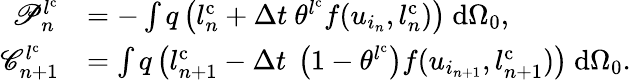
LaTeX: \begin{array}{rl}{\mathscr{P}_{n}^{l^{\mathrm{{c}}}}}&{=-\int q\left(l_{n}^{\mathrm{c}}+\Delta t\ \theta^{l^{\mathrm{{c}}}}f(u_{i_{n}},l_{n}^{\mathrm{c}})\right)\ \mathrm{d}{\Omega_{0}},}\\ {\mathscr{C}_{n+1}^{l^{\mathrm{{c}}}}}&{=\int q\left(l_{n+1}^{\mathrm{c}}-\Delta t\ \left(1-\theta^{l^{\mathrm{{c}}}}\right)f(u_{i_{n+1}},l_{n+1}^{\mathrm{c}})\right)\ \mathrm{d}{\Omega_{0}}.}\end{array}